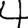
Digit: 4